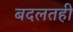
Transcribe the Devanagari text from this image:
बदलतही